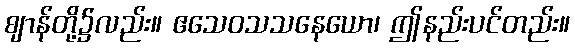
ဈာန်တို့၌လည်း။ ဧသေဝသသနေယော၊ ဤနည်းပင်တည်း။